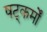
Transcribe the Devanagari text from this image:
षट्कर्मों